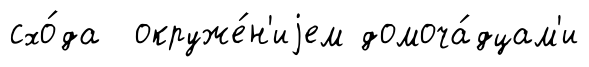
схо́да окруже́н'иjем домоча́дцам'и